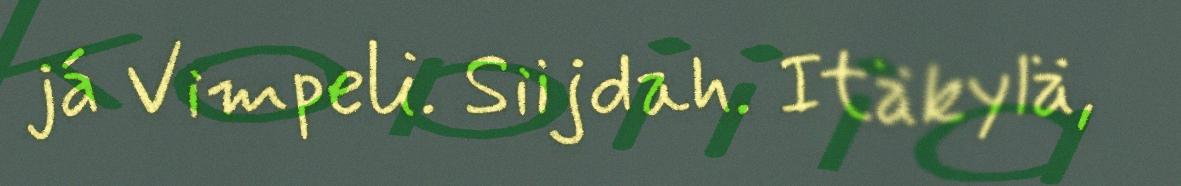
já Vimpeli. Siijdah. Itäkylä,